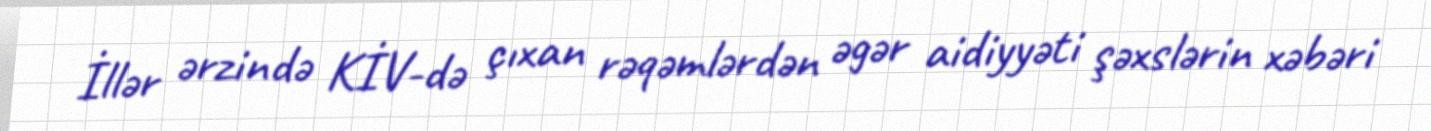
İllər ərzində KİV-də çıxan rəqəmlərdən əgər aidiyyəti şəxslərin xəbəri